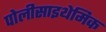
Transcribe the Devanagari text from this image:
पोलीसाइथेमिक